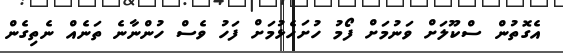
އެގޮތުން ސްކޫލަށް ވަނުމަށް ފޯމު ހުށަހެޅުމަށް ފަހު ވެސް ހުންނާނެ ތަނެއް ނެތިގެން